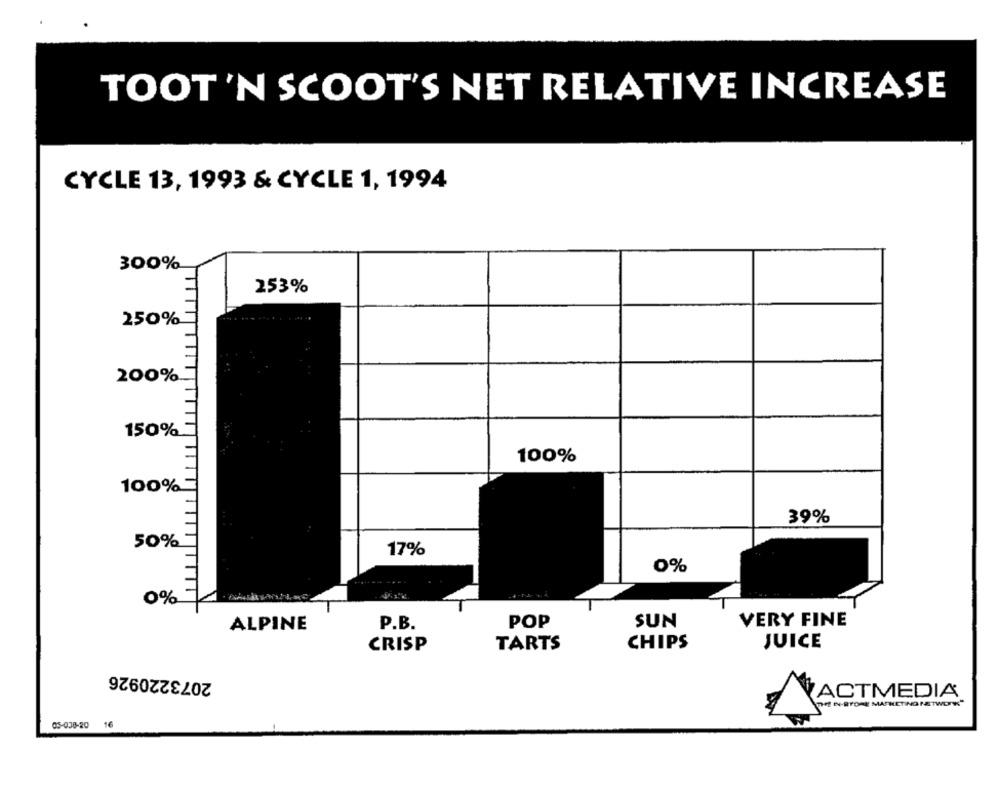
TOOT'N SCOOT'S NET RELATIVE INCREASE
CYCLE 13, 1993 & CYCLE 1, 1994
300%
253%
250%
200%
150%
100%
100%
39%
50%
17%
0%
0%
P.B.
POP
SUN
VERY FINE
ALPINE
CRISP
TARTS
CHIPS
JUICE
2073220926
ACTMEDIA
N-BOR MARKETING NETWORK"
05-038-20